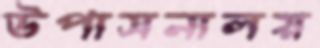
উপাসনালয়